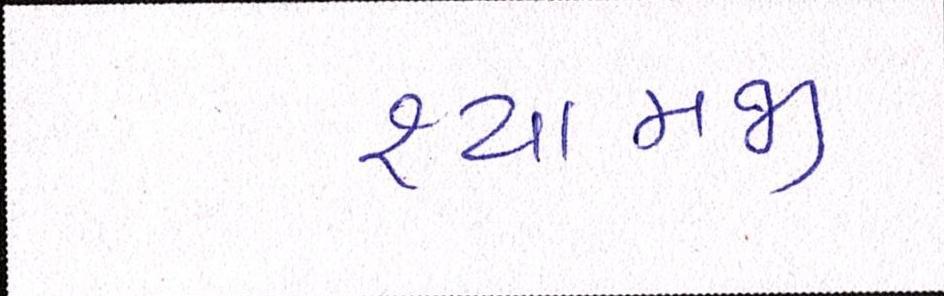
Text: શ્યામજી